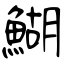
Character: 鰗